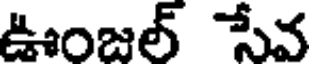
ఊంజల్ సేవ